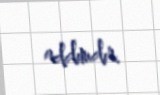
addımdır.